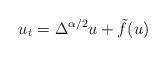
LaTeX: \begin{align*}u_{t}=\Delta^{\alpha/2}u+\tilde{f}(u)\end{align*}